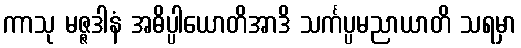
ကာသု မဇ္ဇဒါနံ အဓိပ္ပါယောတိအာဒိ သင်္ကပ္ပမညာယာတိ သရမှာ